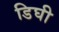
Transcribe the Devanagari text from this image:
डिघी